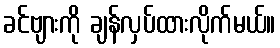
ခင်ဗျားကို ချန်လှပ်ထားလိုက်မယ်။